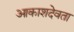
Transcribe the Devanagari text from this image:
आकाशदेवता